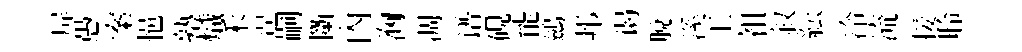
屏愚案悒塾熾禾遑嗣斷內洶凋谱硯能鷀邦谒脫溪王袓叙紜冷流接聆